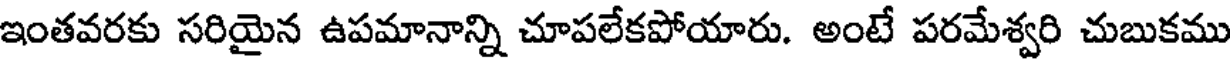
ఇంతవరకు సరియైన ఉపమానాన్ని చూపలేకపోయారు. అంటే పరమేశ్వరి చుబుకము